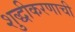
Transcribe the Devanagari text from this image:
शुद्धीकरणाची